Civil Veterinary Department. Central Provinces & Berar 1925-31 - 1925-1931
Year: 1925
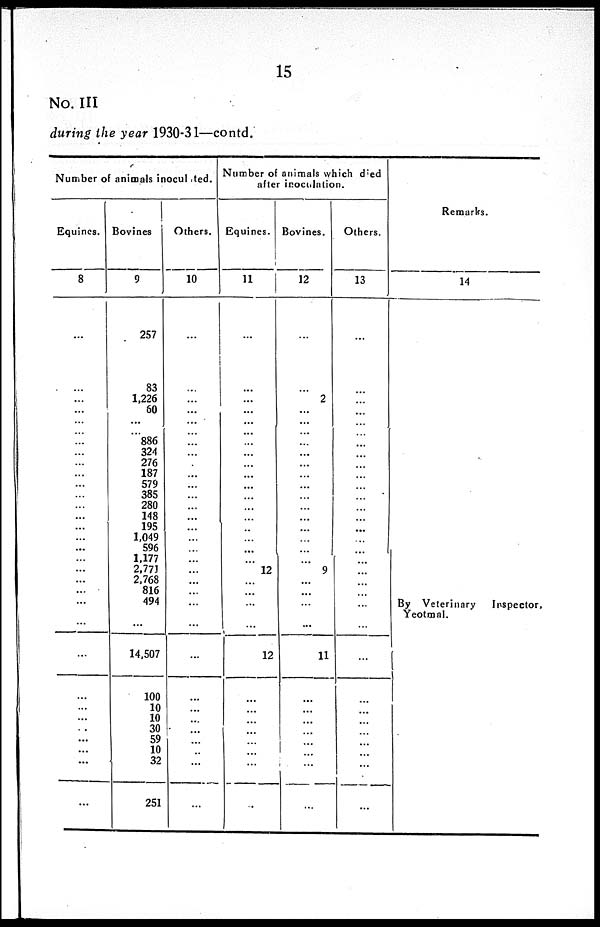
15
No. III
during the year 1930-31—contd.
Number of animals inoculated.
Equines.
8
...
...
...
...
...
...
...
...
...
...
...
...
...
...
...
...
...
...
...
...
...
...
...
...
...
...
...
...
...
... ...
...
...
Bovines
9
257
83
1,226
60
...
...
886
324
276
187
579
385
280
148
195
1,049
596
1,177
2,771
2,768
816
494
...
14,507
100
10
10
30
59
10
32
251
Others.
10
...
...
...
...
...
...
...
...
...
...
...
...
...
...
...
...
...
...
...
...
...
...
...
...
...
...
...
...
...
...
...
...
Slumber of animals which died
after inoculation.
Equities.
11
...
...
...
...
...
...
...
...
...
...
...
...
...
...
...
...
...
...
12
...
...
...
...
12
...
...
...
...
...
...
...
...
Bovines.
12
...
...
2
...
...
...
...
...
...
...
...
...
...
...
...
...
...
...
9
...
...
...
...
11
...
...
...
...
...
...
...
...
Others.
13
...
...
...
...
...
...
...
...
...
...
...
...
...
...
...
...
...
...
...
...
...
...
...
...
...
...
...
...
...
...
...
...
Remarks.
14
By Veterinary
Inspector,
Yeotmal.